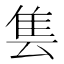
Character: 𱁆